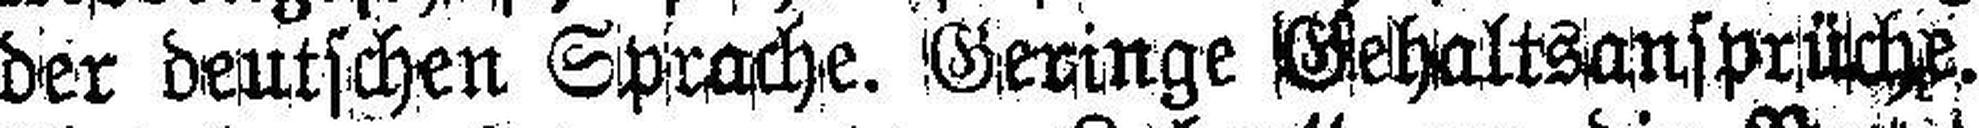
der deutschen Sprache. Geringe Gehaltsansprüche.